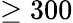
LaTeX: \geq 300